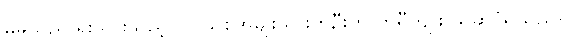
မိမိသည် ရိုးသားသည့် ပြင်သစ်အမျိုးသားတဦးဟု ဘရီကျူး ယူဆပုံရသည်။